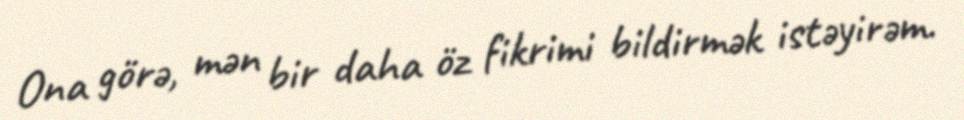
Ona görə, mən bir daha öz fikrimi bildirmək istəyirəm.